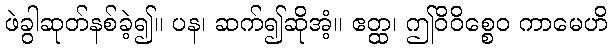
ဖဲခွါဆုတ်နစ်ခဲ့၍။ ပန၊ ဆက်၍ဆိုအံ့။ ဧတ္ထ၊ ဤဝိဝိစ္စေဝ ကာမေဟိ